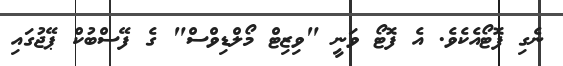
ނެގި ފޮޓޯއެކެވެ. އެ ފޮޓޯ ވަނީ "ވިޒިޓް މޯލްޑިވްސް" ގެ ފޭސްބުކް ޕޭޖުގައި